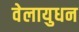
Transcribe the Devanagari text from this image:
वेलायुधन